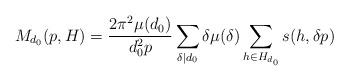
LaTeX: \begin{align*}M_{d_0}(p,H)={2\pi^2\mu(d_0)\over d_0^2p}\sum_{\delta\mid d_0}\delta\mu (\delta)\sum_{h\in H_{d_0}}s(h,\delta p)\end{align*}